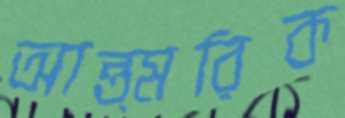
আন্ত্মরিক